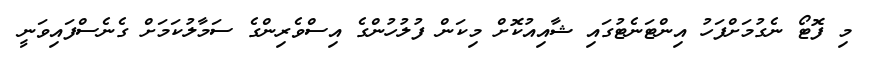
މި ފޮޓޯ ނެގުމަށްފަހު އިންޓަނެޓުގައި ޝާއިއުކޮށް މިކަން ފުލުހުންގެ އިސްވެރިންގެ ސަމާލުކަމަށް ގެނެސްފައިވަނީ